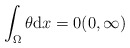
\begin{align*}\int_{\Omega} \theta \mathrm{d} x = 0 (0, \infty)\end{align*}